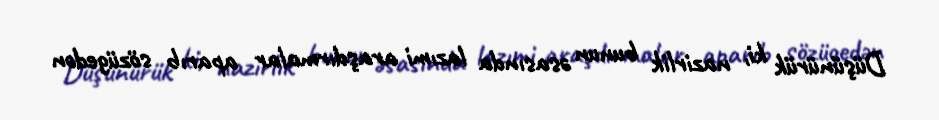
Düşünürük ki, nazirlik bunun əsasında lazımi araşdırmalar aparıb sözügedən